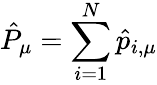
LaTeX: \hat{P}_{\mu}=\sum_{i=1}^{N}\hat{p}_{i,\mu}